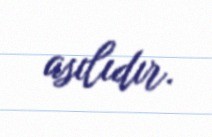
asılıdır.